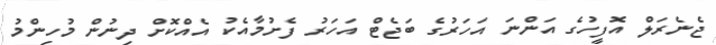
ޖެނެރަލް އޮފީހުގެ އަންނަ އަހަރުގެ ބަޖެޓް އަހަރު ފެށުމާއެކު އެއްކޮށް ދިނުން މުހިންމު